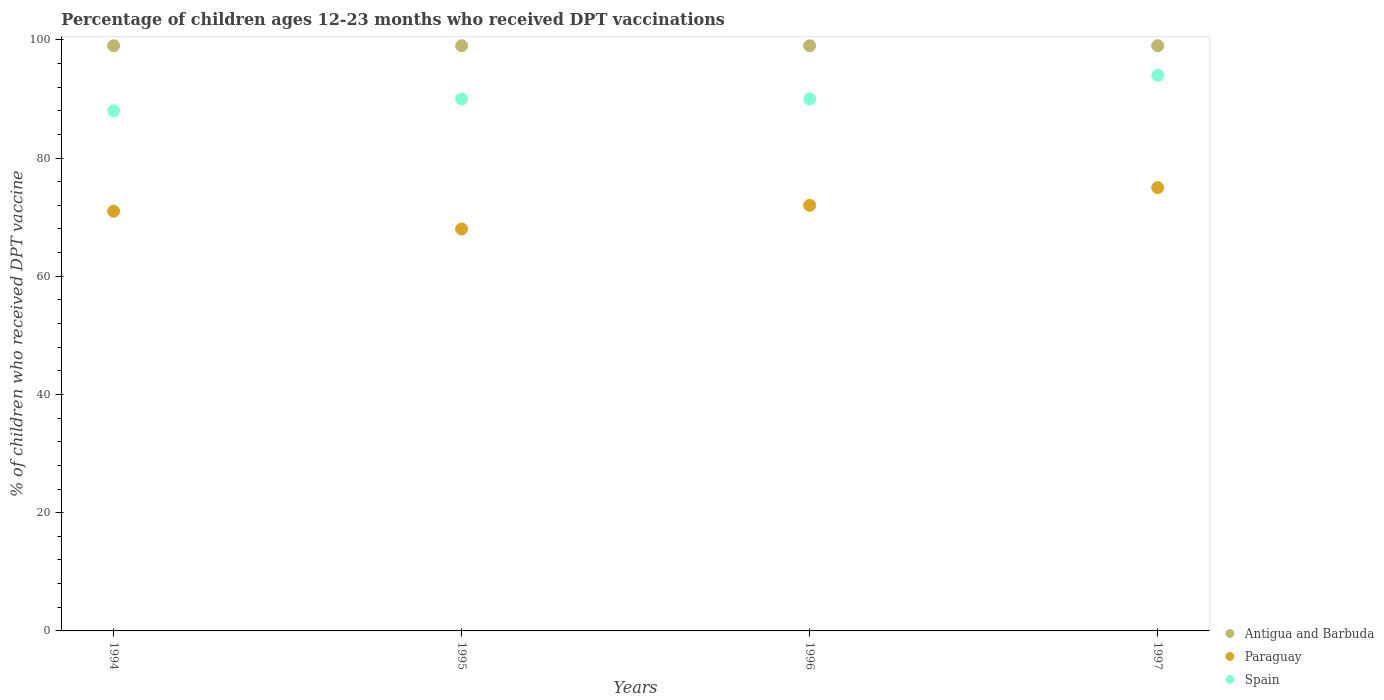
| Years | Antigua and Barbuda | Paraguay | Spain |
 | --- | --- | --- | --- |
 | 1994 | 99 | 71 | 88 |
 | 1995 | 99 | 68 | 90 |
 | 1996 | 99 | 72 | 90 |
 | 1997 | 99 | 75 | 94 |